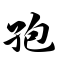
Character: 孢